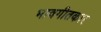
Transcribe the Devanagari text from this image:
भावगीतकार